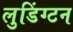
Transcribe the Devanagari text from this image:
लुडिंग्टन